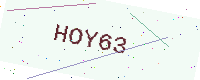
Text: HOY63